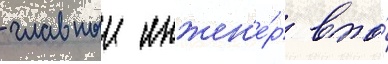
- главныи инжен'е́р впо́